Report of the Bombay Veterinary College
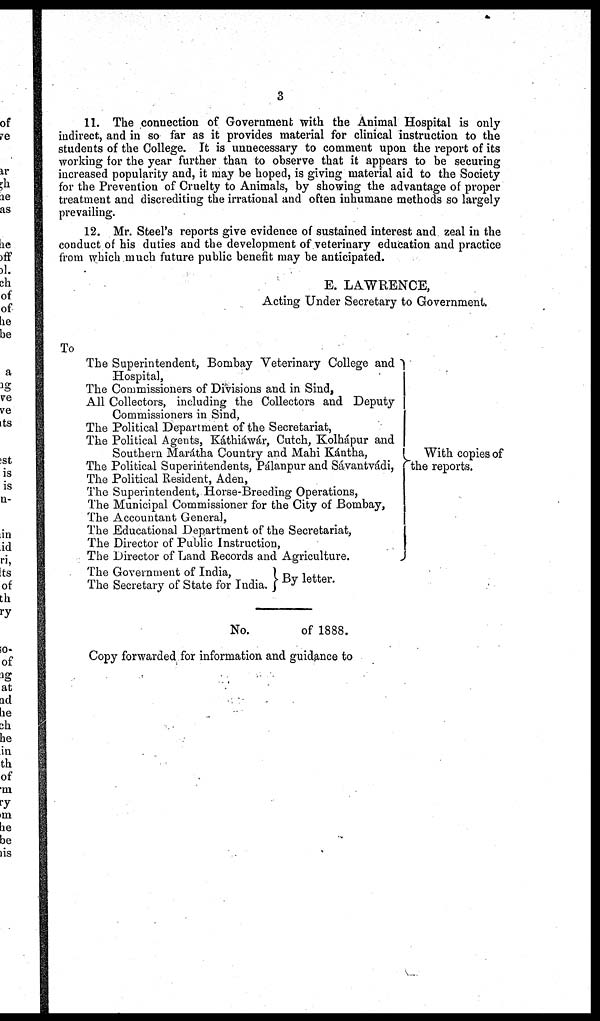
3
11. The connection of Government with the Animal Hospital is only
indirect, and in so far as it provides material for clinical instruction to the
students of the College. It is unnecessary to comment upon the report of its
working for the year further than to observe that it appears to be securing
increased popularity and, it may be hoped, is giving material aid to the Society
for the Prevention of Cruelty to Animals, by showing the advantage of proper
treatment and discrediting the irrational and often inhumane methods so largely
prevailing.
12. Mr. Steel's reports give evidence of sustained interest and. zeal in the
conduct of his duties and the development of veterinary education and practice
from which much future public benefit may be anticipated.
E. LAWRENCE,
Acting Under Secretary to Government.
To
The Superintendent, Bombay Veterinary College and
Hospital,
The Commissioners of Divisions and in Sind,
All Collectors, including the Collectors and Deputy
Commissioners in Sind,
The Political Department of the Secretariat,
The Political Agents, Káthiáwár, Cutch, Kolhápur and
Southern Marátha Country and Mahi Kántha, }With copies of
The Political Superintendents, Pálanpur and Sáyantvádi, the reports.
The Political Resident, Aden,
The Superintendent, Horse-Breeding Operations,
The Municipal Commissioner for the City of Bombay,
The Accountant General,
The Educational Department of the Secretariat,
The Director of Public Instruction,
The Director of Land Records and Agriculture.
With copies of
the reports.
The Government of India,
The Secretary of State for India.
By letter
No. of 1888.
Copy forwarded for information and guidance to